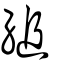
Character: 縋